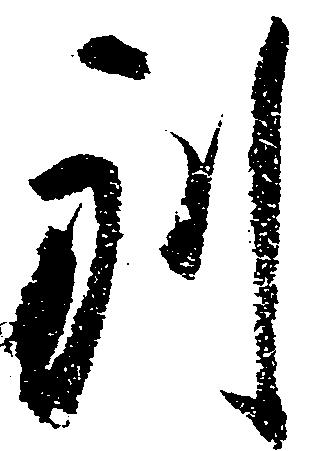
別